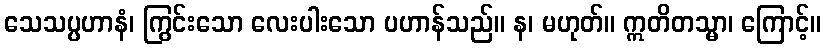
သေသပ္ပဟာနံ၊ ကြွင်းသော လေးပါးသော ပဟာန်သည်။ န၊ မဟုတ်။ ဣတိတသ္မာ၊ ကြောင့်။